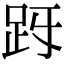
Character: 𧿓